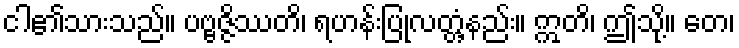
ငါ၏သားသည်။ ပဗ္ဗဇ္ဇိဿတိ၊ ရဟန်းပြုလတ္တံ့နည်း။ ဣတိ၊ ဤသို့။ တေ၊